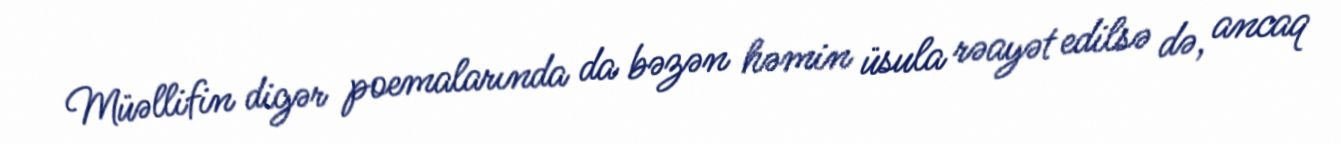
Müəllifin digər poemalarında da bəzən həmin üsula rəayət edilsə də, ancaq